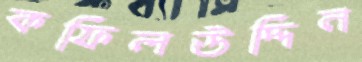
কফিলউদ্দিন